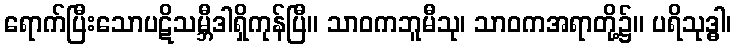
ရောက်ပြီးသောပဋိသမ္ဘီဒါရှိကုန်ပြီ။ သာဝကဘူမီသု၊ သာဝကအရာတို့၌။ ပရိသုဒ္ဓါ၊